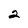
Character: 2